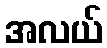
အလယ်